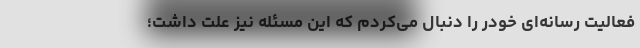
فعالیت‌ رسانه‌ای خودر را دنبال می‌کردم که این مسئله نیز علت داشت؛